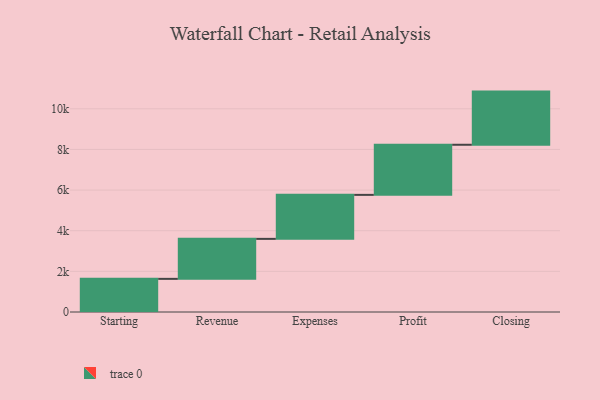
{"axis": {"x": "Step", "y": "Value"}, "legend": [""], "data": [{"x": "Starting", "y": 1631.0, "type": ""}, {"x": "Revenue", "y": 1968.0, "type": ""}, {"x": "Expenses", "y": 2165.0, "type": ""}, {"x": "Profit", "y": 2466.0, "type": ""}, {"x": "Closing", "y": 2616.0, "type": ""}]}